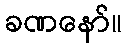
ခဏနော်။